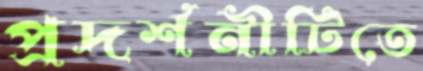
প্রদর্শনীটিতে